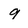
Character: 9